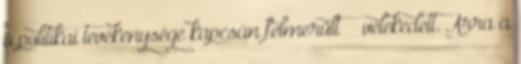
ő politikai tevékenysége kapcsán felmerült” – vélekedett. Arra a